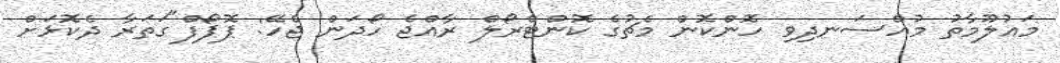
މައުލޫމާތު މުއްސަނދިވި ހޮންކޮން މެޗުގެ ކޮންޓްރޯލް ރާއްޖެ ހޯދަން ޖެހޭ: ޕޮޕޯފް"ގަތަރާ ދެކޮޅަށް